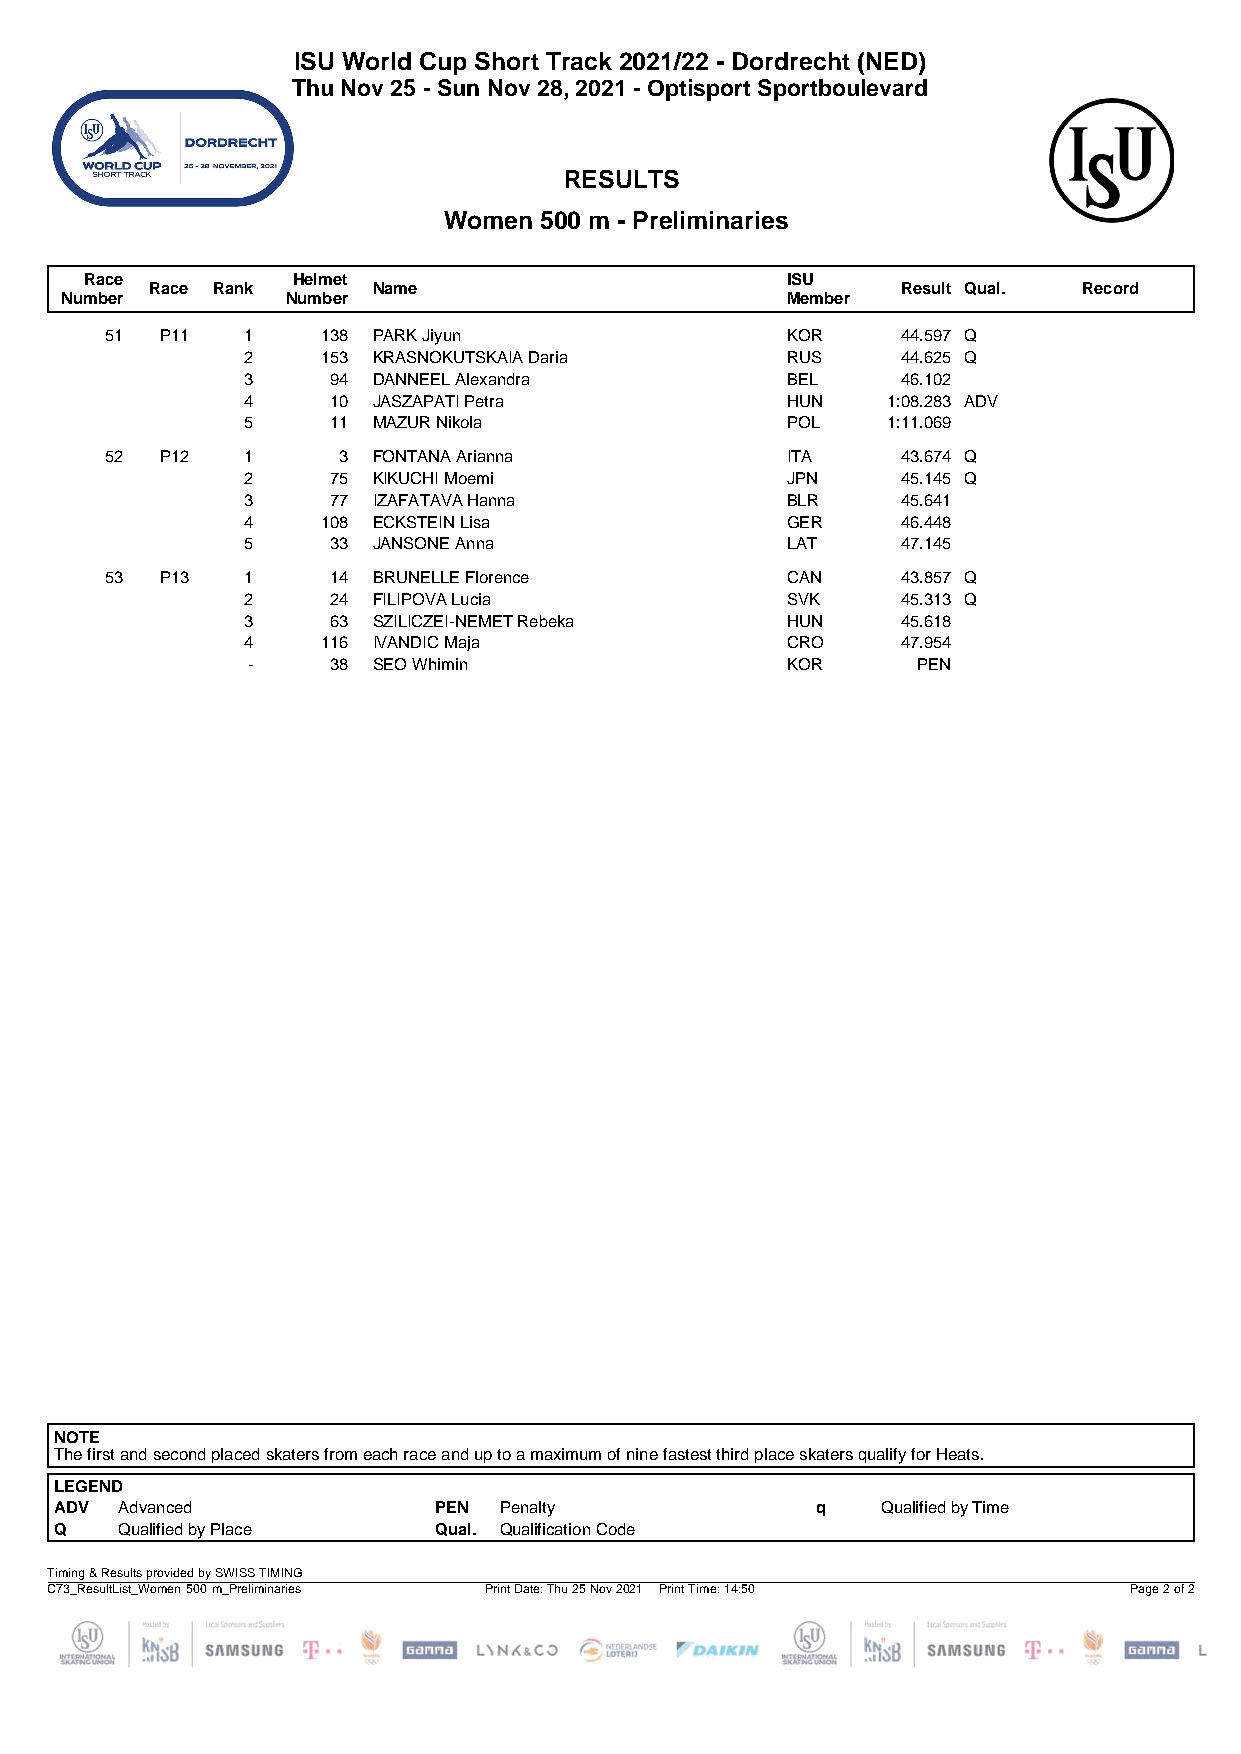
ISU World Cup Short Track 2021/22 - Dordrecht (NED)
 Thu Nov 25 - Sun Nov 28, 2021 - Optisport Sportboulevard
 RESULTS
 Women  500 m - Preliminaries
 Race         Helmet                           ISU
 Race Rank      Name                               Result Qual. Record
 Number         Number                           Member
 51  P11  1    138 PARK Jiyun                 KOR     44.597 Q
 2    153 KRASNOKUTSKAIA Daria       RUS     44.625 Q
 3     94 DANNEEL Alexandra          BEL     46.102
 4     10 JASZAPATI Petra            HUN    1:08.283 ADV
 5     11 MAZUR Nikola               POL    1:11.069
 52  P12  1     3  FONTANA Arianna            ITA     43.674 Q
 2     75 KIKUCHI Moemi              JPN     45.145 Q
 3     77 IZAFATAVA Hanna            BLR     45.641
 4    108 ECKSTEIN Lisa              GER     46.448
 5     33 JANSONE Anna               LAT     47.145
 53  P13  1     14 BRUNELLE Florence          CAN     43.857 Q
 2     24 FILIPOVA Lucia             SVK     45.313 Q
 3     63 SZILICZEI-NEMET Rebeka     HUN     45.618
 4    116 IVANDIC Maja               CRO     47.954
 -     38 SEO Whimin                 KOR      PEN
 NOTE
 The first and second placed skaters from each race and up to a maximum of nine fastest third place skaters qualify for Heats.
 LEGEND
 ADV Advanced             PEN Penalty              q   Qualified by Time
 Q   Qualified by Place   Qual. Qualification Code
 Timing & Results provided by SWISS TIMING
 C73_ResultList_Women 500 m_Preliminaries Print Date: Thu 25 Nov 2021 Print Time: 14:50 Page 2 of 2